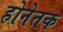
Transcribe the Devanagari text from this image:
होनेतक